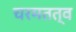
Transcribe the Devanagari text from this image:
चरमतत्व